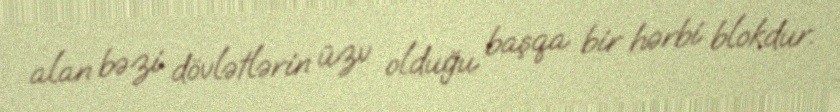
alan bəzi dövlətlərin üzv olduğu başqa bir hərbi blokdur.